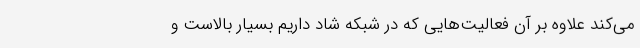
می‌کند علاوه بر آن فعالیت‌هایی که در شبکه شاد داریم بسیار بالاست و